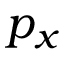
p _ { x }